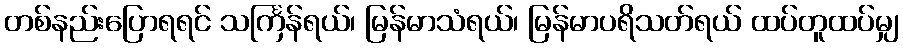
တစ်နည်းပြောရရင် သင်္ကြန်ရယ်၊ မြန်မာသံရယ်၊ မြန်မာပရိသတ်ရယ် ထပ်တူထပ်မျှ